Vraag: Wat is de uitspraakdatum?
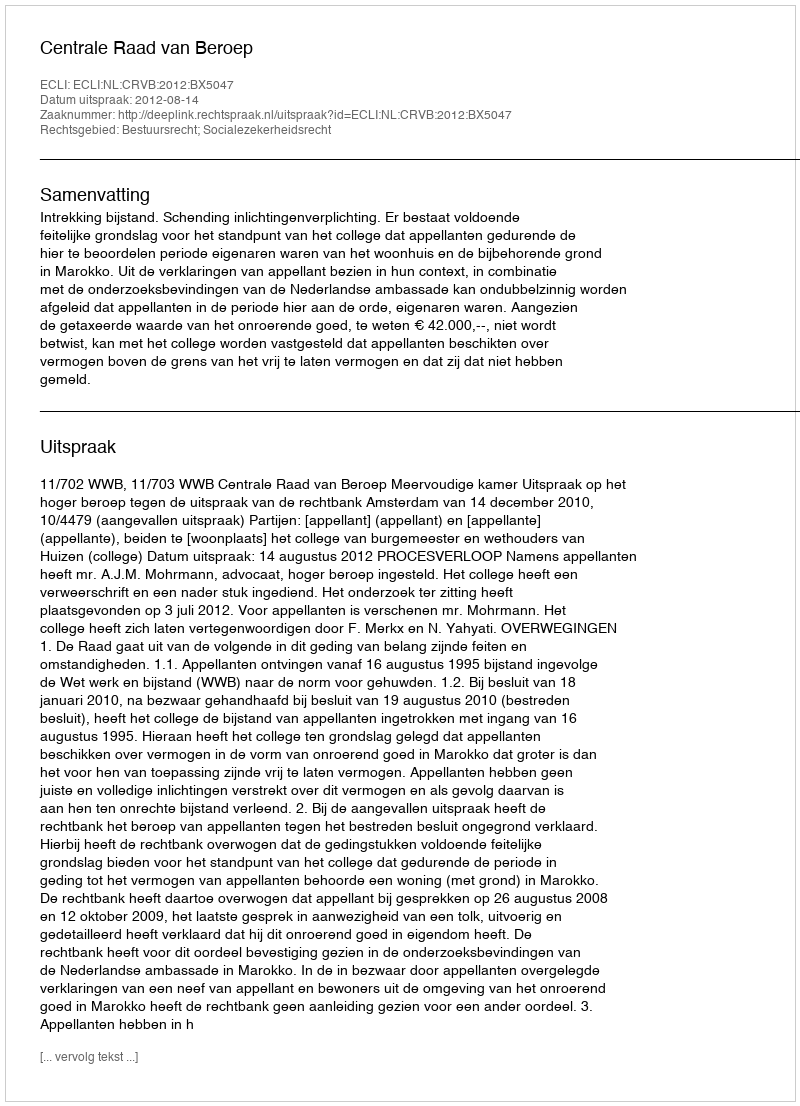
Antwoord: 2012-08-14